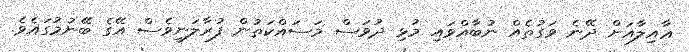
ޢާއިލާއަށް ދޭނެ ވަގުތެއް ނުބާއްވައި މުޅި ދުވަސް މަސައްކަތުން ފުރާލަނީވެސް އޭގެ ބޭނުމުގައެވެ.